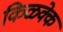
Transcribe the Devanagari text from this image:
किळक्के